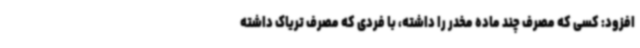
افزود: کسی که مصرف چند ماده مخدر را داشته، با فردی که مصرف تریاک داشته